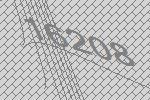
16208